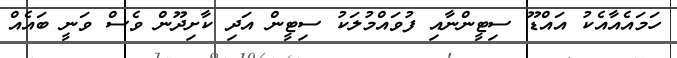
ހަމައެއާއެކު އައްޑޫ ސިޓީންނާއި ފުވައްމުލަކު ސިޓީން އަދި ކާށިދޫން ވެސް ވަނީ ބައެއް